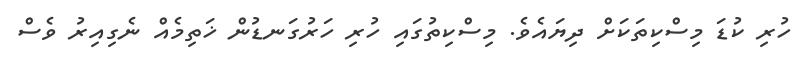
ހުރި ކުޑަ މިސްކިތަކަށް ދިޔައެވެ. މިސްކިތުގައި ހުރި ހަރުގަނޑުން ޚަތިމެއް ނެގިއިރު ވެސް